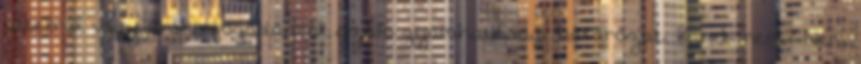
vételről vagy örökbefogadásról szóló gyámhatósági határozat. Kinek nem? Nem